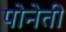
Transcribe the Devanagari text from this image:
पोनेती